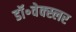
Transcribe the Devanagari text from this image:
डॉ॰वेक्स्लर